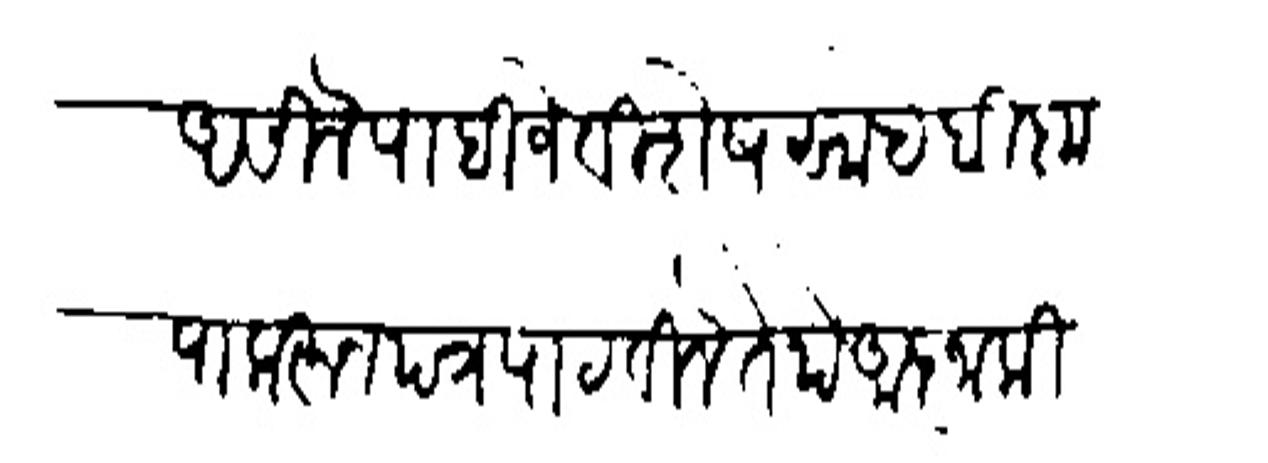
Transliteration (Devanagari): असिले पाहिजे विशेष साहेबी कृपा करून पत्र पाठविले तेथे आज्ञा की